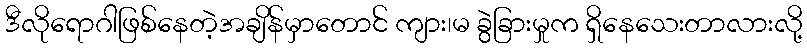
ဒီလိုရောဂါဖြစ်နေတဲ့အချိန်မှာတောင် ကျား၊မ ခွဲခြားမှုက ရှိနေသေးတာလားလို့